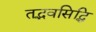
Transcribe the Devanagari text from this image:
तद्भवसिद्धि